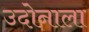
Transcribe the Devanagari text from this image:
उदोनाला